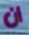
ان